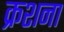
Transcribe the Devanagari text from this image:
क्रशना